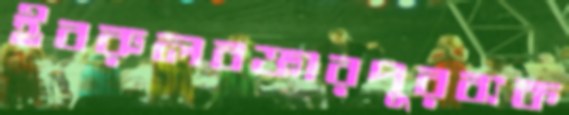
ইবরুলবক্তারপুরব্যক